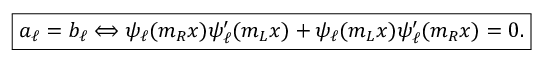
\boxed { a _ { \ell } = b _ { \ell } \Longleftrightarrow \psi _ { \ell } ( m _ { R } x ) \psi _ { \ell } ^ { \prime } ( m _ { L } x ) + \psi _ { \ell } ( m _ { L } x ) \psi _ { \ell } ^ { \prime } ( m _ { R } x ) = 0 . }